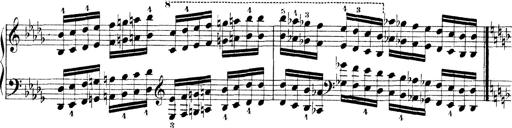
Title: Technische Studien
Composer: Franz Liszt